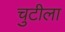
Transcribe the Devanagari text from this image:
चुटीला